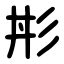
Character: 㣋